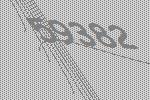
59382